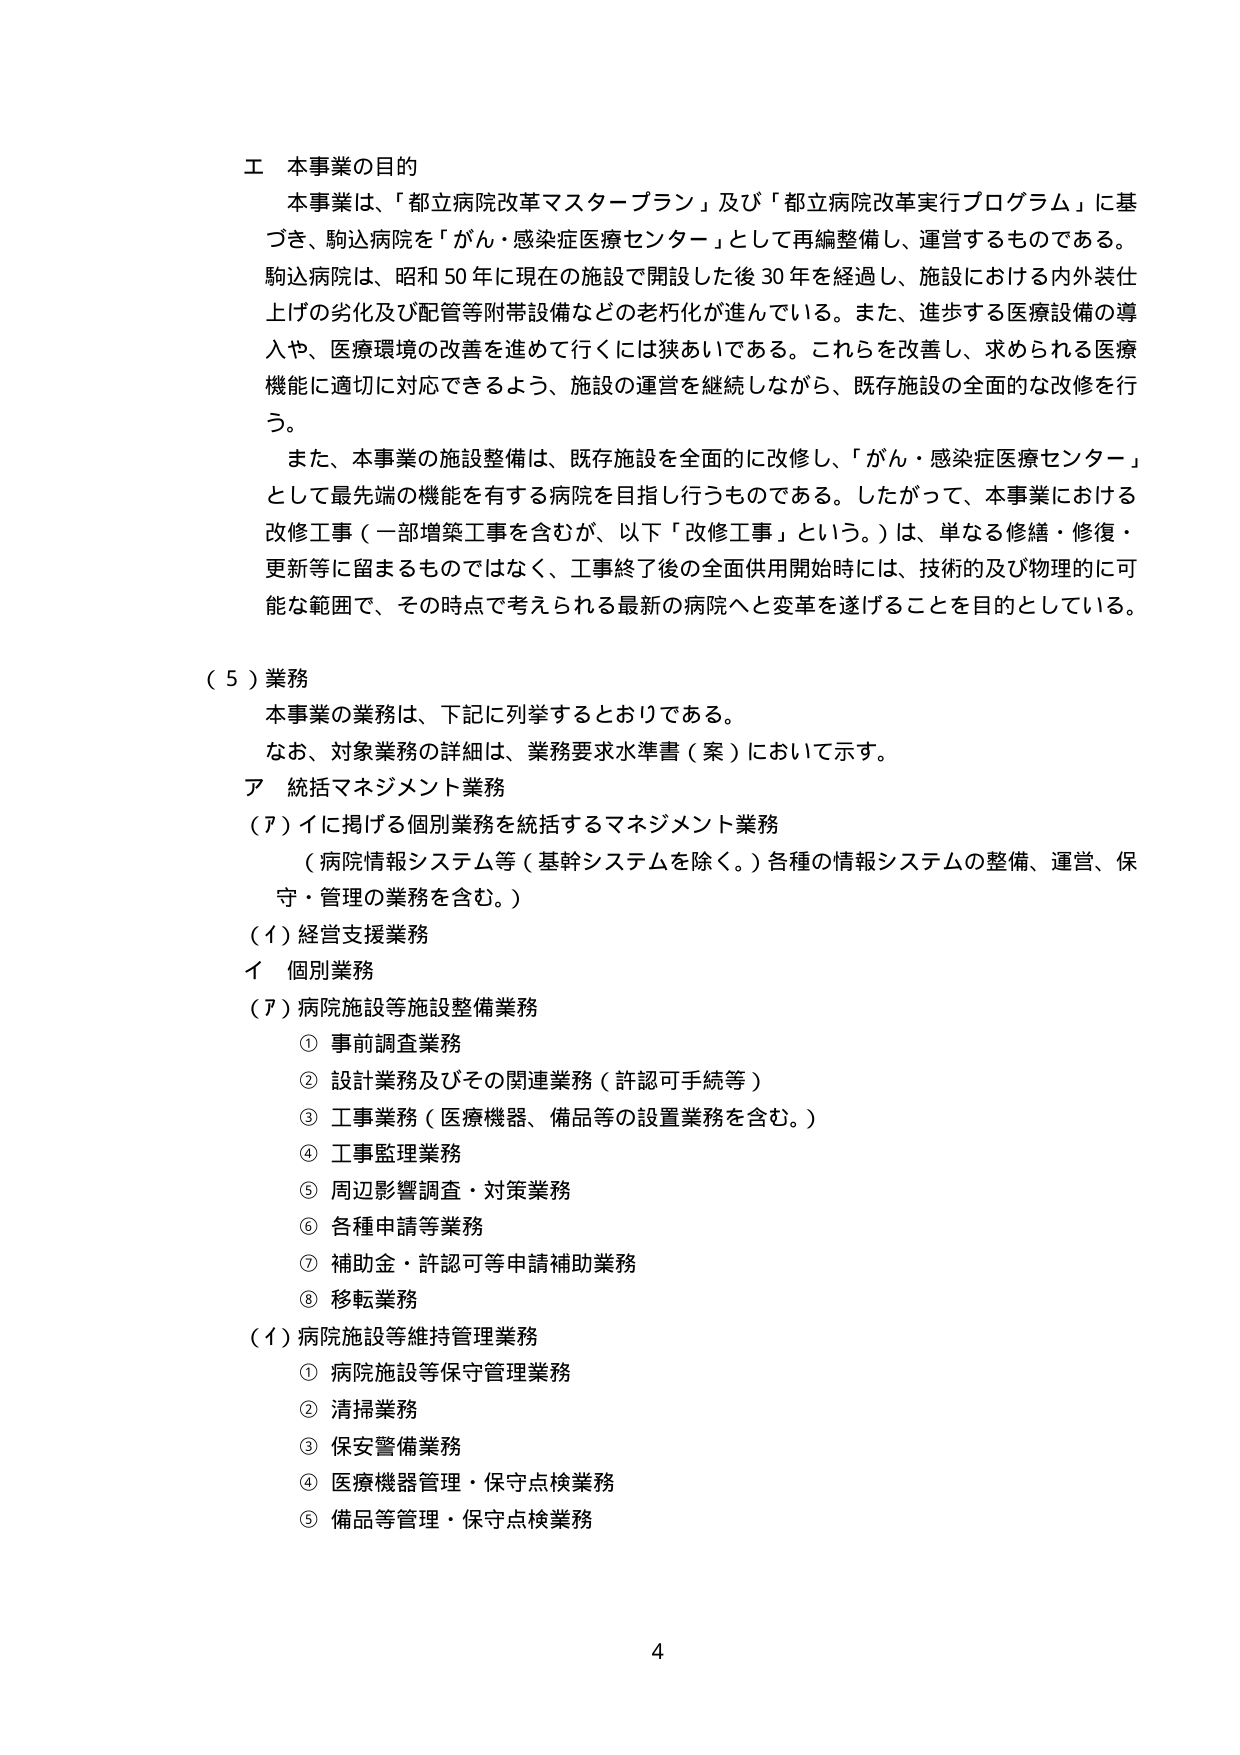
エ 本事業の目的
本事業は、「都立病院改革マスタープラン」及び「都立病院改革実行プログラム」に基づき、駒込病院を「がん・感染症医療センター」として再編整備し、運営するものである。駒込病院は、昭和50年に現在の施設で開設した後30年を経過し、施設における内外装仕上げの劣化及び配管等附帯設備などの老朽化が進んでいる。また、進歩する医療設備の導入や、医療環境の改善を進めて行くには狭あいである。これらを改善し、求められる医療機能に適切に対応できるよう、施設の運営を継続しながら、既存施設の全面的な改修を行う。

また、本事業の施設整備は、既存施設を全面的に改修し、「がん・感染症医療センター」として最先端の機能を有する病院を目指し行うものである。したがって、本事業における改修工事（一部増築工事を含むが、以下「改修工事」という。）は、単なる修繕・修復・更新等に留まるものではなく、工事終了後の全面供用開始時には、技術的及び物理的に可能な範囲で、その時点で考えられる最新の病院へと変革を遂げることを目的としている。

（５）業務
本事業の業務は、下記に列挙するとおりである。
なお、対象業務の詳細は、業務要求水準書（案）において示す。

ア 統括マネジメント業務
（ア）イに掲げる個別業務を統括するマネジメント業務
（病院情報システム等（基幹システムを除く。）各種の情報システムの整備、運営、保守・管理の業務を含む。）

（イ）経営支援業務
イ 個別業務
（ア）病院施設等施設整備業務
① 事前調査業務
② 設計業務及びその関連業務（許認可手続等）
③ 工事業務（医療機器、備品等の設置業務を含む。）
④ 工事監理業務
⑤ 周辺影響調査・対策業務
⑥ 各種申請等業務
⑦ 補助金・許認可等申請補助業務
⑧ 移転業務

（イ）病院施設等維持管理業務
① 病院施設等保守管理業務
② 清掃業務
③ 保安警備業務
④ 医療機器管理・保守点検業務
⑤ 備品等管理・保守点検業務

4